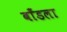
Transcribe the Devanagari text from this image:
बाँडला